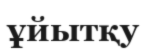
ұйытқу